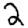
Digit: 2